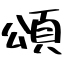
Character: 頌